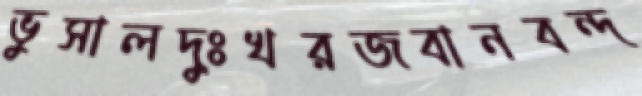
ভুসালদুঃখরজবানবন্দ